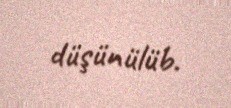
düşünülüb.